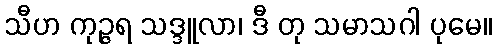
သီဟ ကုဉ္ဇရ သဒ္ဒူလာ၊ ဒီ တု သမာသဂါ ပုမေ။